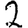
Digit: 2